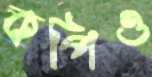
কপিও